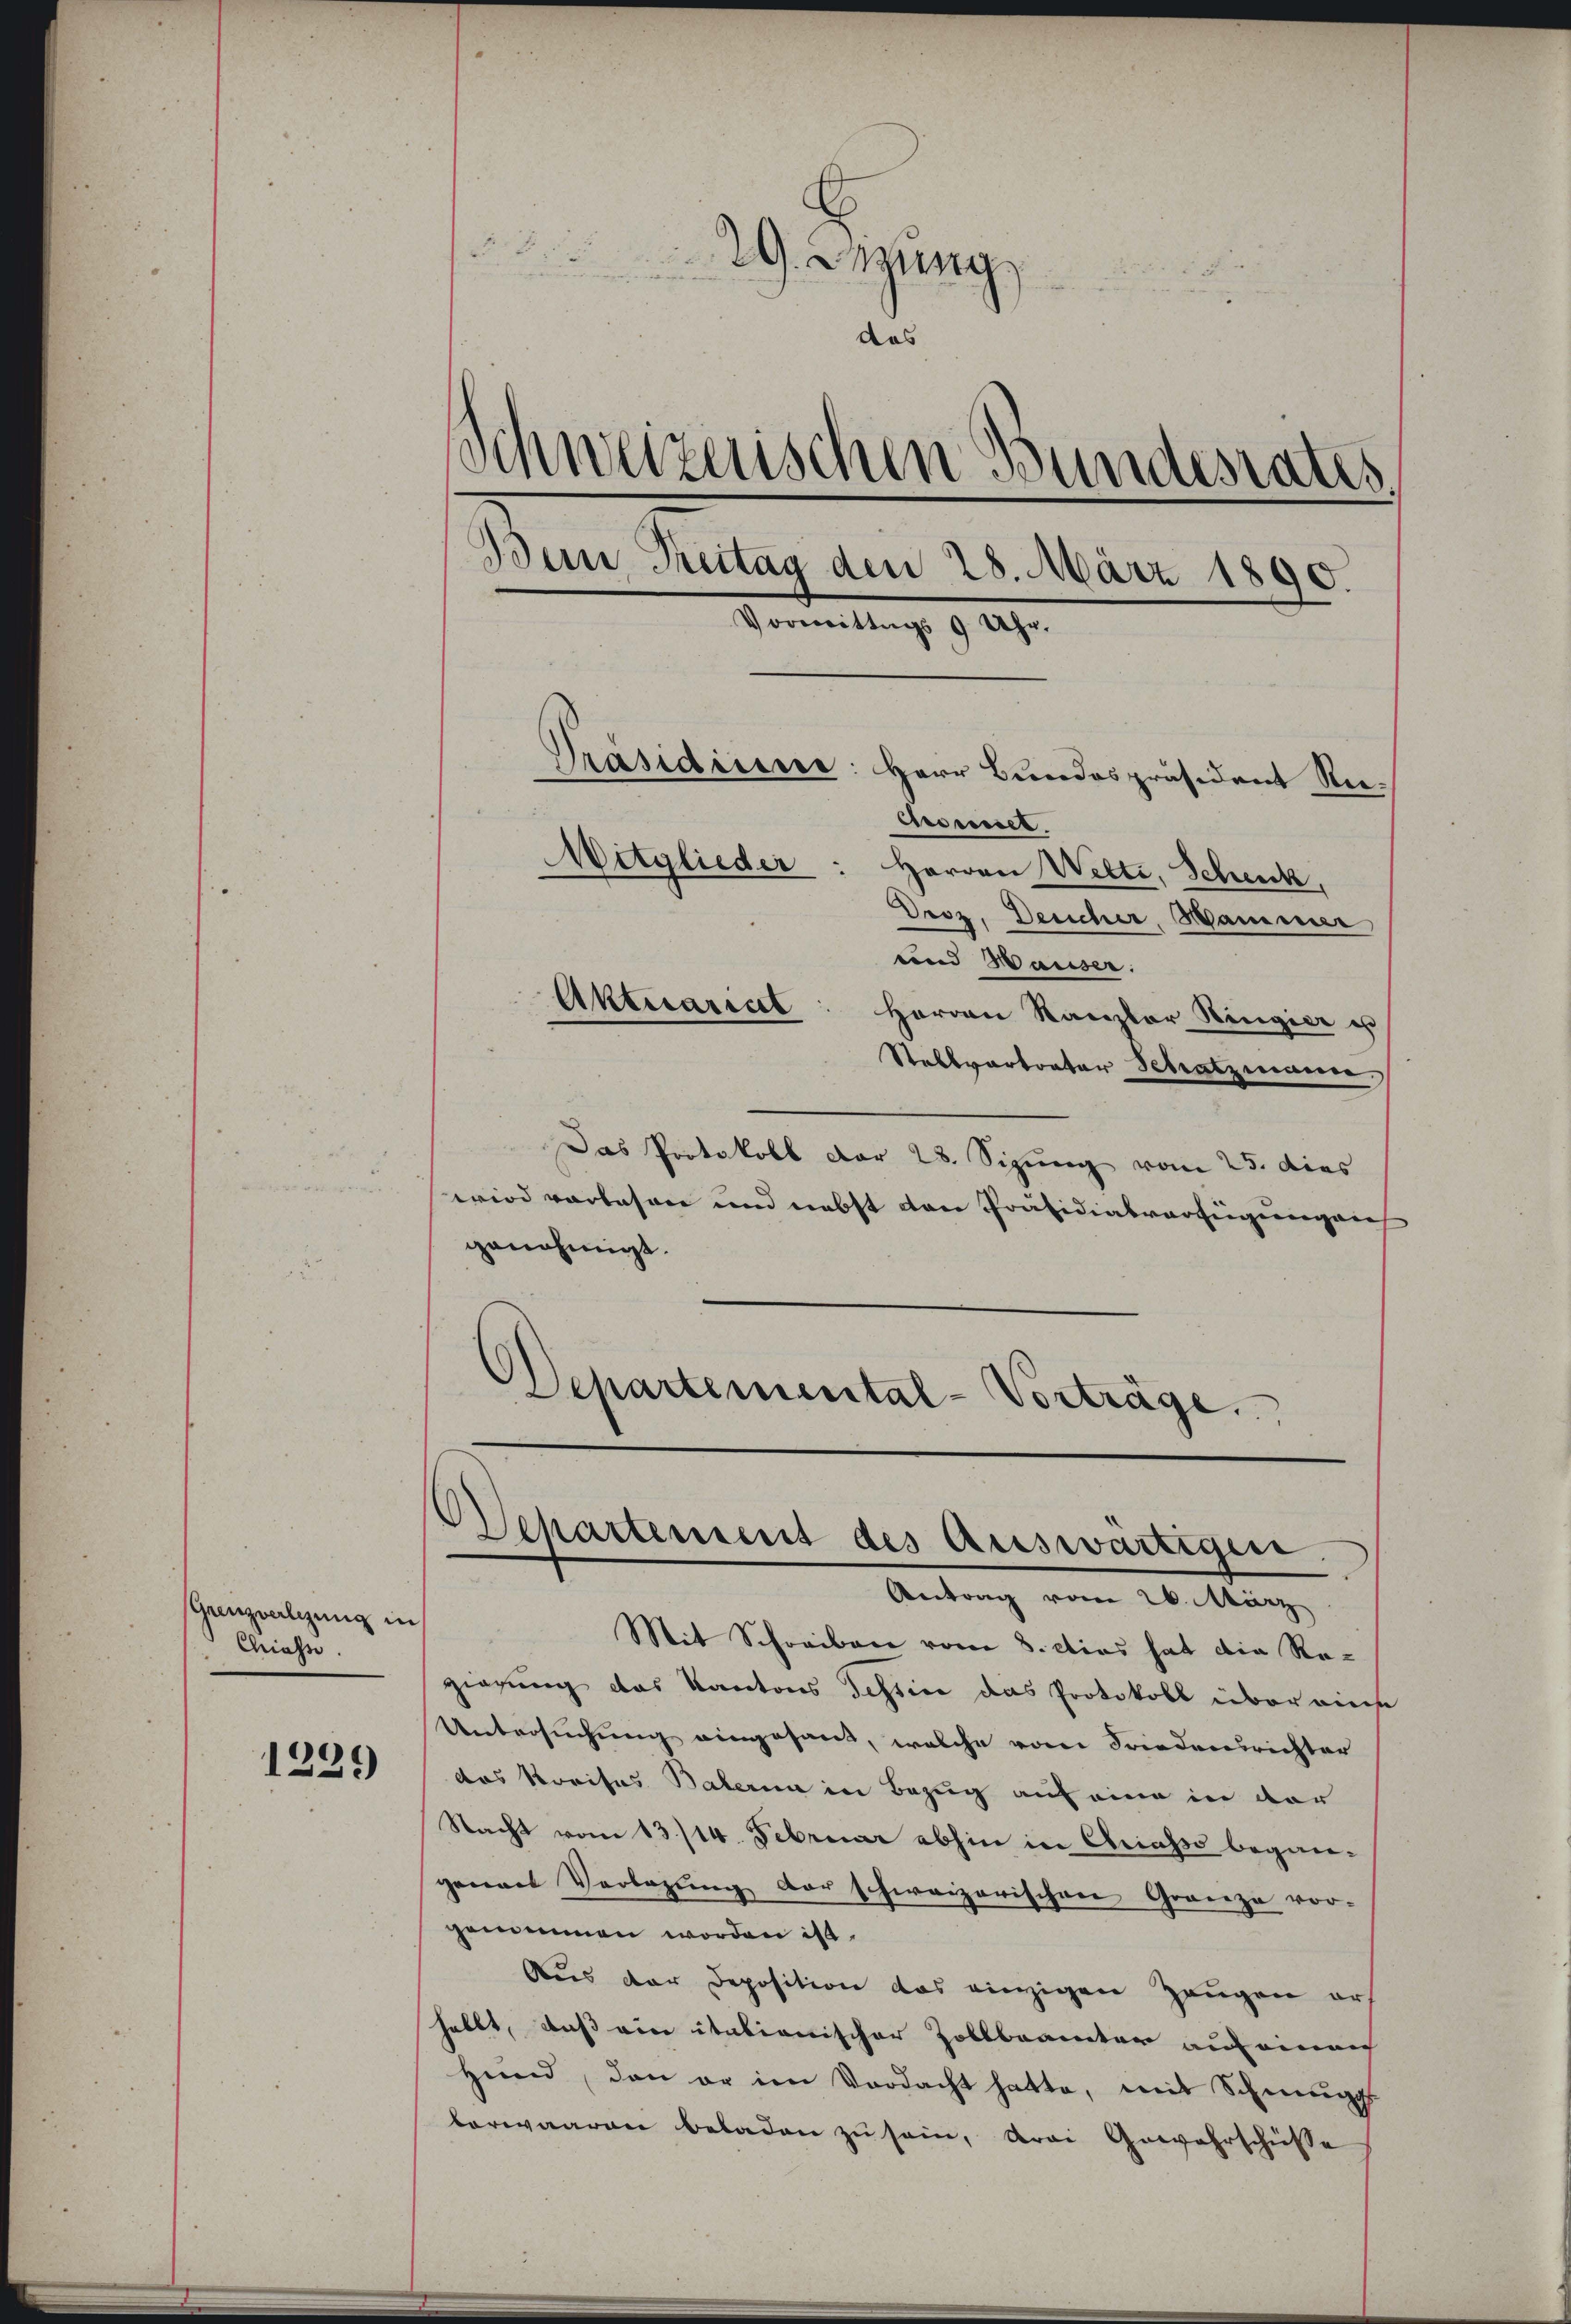
Grenzverlegung in
Chiesse.

.
1239

29. Setzung
das
Schweizerischen Bundesrates.
Bein Treitag den 28. März 1890.
Vormittags 9 Uhr.
Präsidiere: Herr Bundespräsident Re¬
Crousset
Mitglieder: Herren Welti, Schenk,
Droz. Desicher, Hammer
und Hauser.
Aktuaricet
Herrn Kanzler Hingier es

Stabsvertreter Schatzmann
Das Protokoll der 28. Sizung vom 25. dies
wird vorlesen und nebst von Präsidialverfügungen
genehmigt.
Departemental-Vorträge.

Departement des Auswärtigen.
Antrag vom 26. März

Mit Schreiben vom 8. dies hat die Regierung das Kantons Tessin das Protokoll über diese
Untersuchung eingesand, welche vom Friedensrichter
das Kreises Balaria in Bezug auf eine in der
Nacht vom 13./14. Februar abhin in Chriasso begangenaus Verlegung der schweizerischen Granze vor-
genommen worden ist.
Aus der Deposition das einzigen Zeugen ers
hallt, daß eine italienischer Zollbranter auf einer
Hund, den er im Verdacht hatte, mit Schnungs
berwaaren beladen zŭ sein, drei Gewahrschüsse